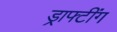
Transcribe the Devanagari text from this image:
ड्राफ्टींग